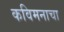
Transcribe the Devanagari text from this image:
कविमनाचा